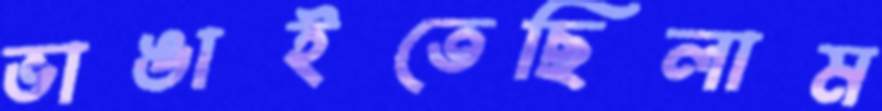
ভাঙাইতেছিলাম